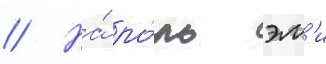
// На́ ро́ль эм'и